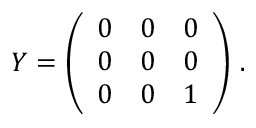
Y = \left( \begin{array} { c c c } { { 0 } } & { { 0 } } & { { 0 } } \\ { { 0 } } & { { 0 } } & { { 0 } } \\ { { 0 } } & { { 0 } } & { { 1 } } \end{array} \right) \, .